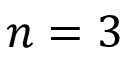
n = 3